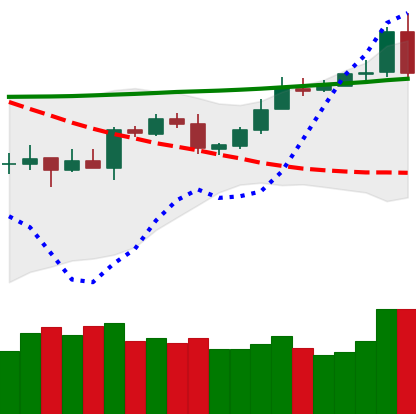
Ticker: XMR-USD
Chart end date: 2020-04-30
Forward return: -3.364%
Label: down_3_5